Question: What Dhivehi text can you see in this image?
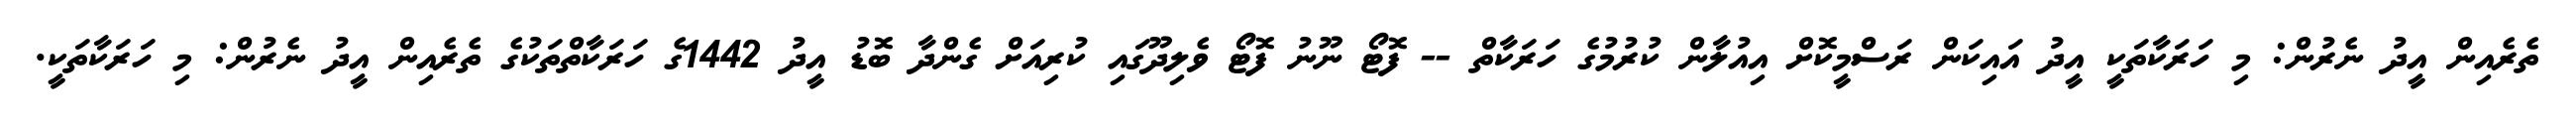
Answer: ތެރެއިން އީދު ނެރުން: މި ހަރަކާތަކީ އީދު އައިކަން ރަސްމީކޮށް އިއުލާން ކުރުމުގެ ހަރަކާތް -- ފޮޓޯ ނޫނު ފޮޓޯ ވެލިދޫގައި ކުރިއަށް ގެންދާ ބޮޑު އީދު 1442ގެ ހަރަކާތްތަކުގެ ތެރެއިން އީދު ނެރުން: މި ހަރަކާތަކީ.